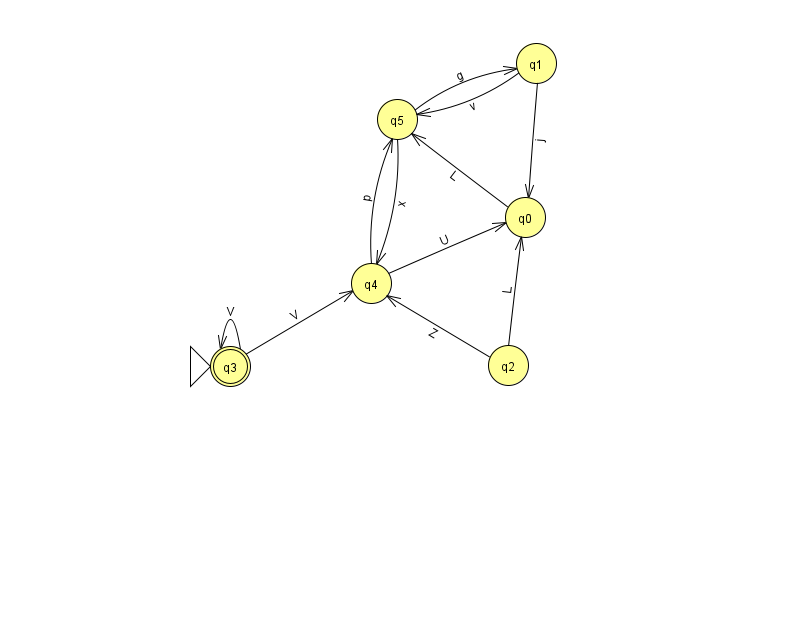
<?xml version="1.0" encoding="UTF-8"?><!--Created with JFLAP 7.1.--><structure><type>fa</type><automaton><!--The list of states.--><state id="0" name="q0"><x>525.0</x><y>204.0</y></state><state id="1" name="q1"><x>536.0</x><y>50.0</y></state><state id="2" name="q2"><x>508.0</x><y>352.0</y></state><state id="3" name="q3"><x>230.0</x><y>353.0</y><initial/><final/></state><state id="4" name="q4"><x>371.0</x><y>270.0</y></state><state id="5" name="q5"><x>397.0</x><y>106.0</y></state><!--The list of transitions.--><transition><from>4</from><to>5</to><read>p</read></transition><transition><from>3</from><to>4</to><read>V</read></transition><transition><from>4</from><to>0</to><read>U</read></transition><transition><from>1</from><to>5</to><read>v</read></transition><transition><from>3</from><to>3</to><read>V</read></transition><transition><from>5</from><to>1</to><read>g</read></transition><transition><from>5</from><to>4</to><read>x</read></transition><transition><from>0</from><to>5</to><read>L</read></transition><transition><from>1</from><to>0</to><read>j</read></transition><transition><from>2</from><to>0</to><read>L</read></transition><transition><from>2</from><to>4</to><read>Z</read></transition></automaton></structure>